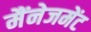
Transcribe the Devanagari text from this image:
मैंनेजमेंट